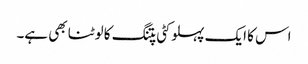
اس کا ایک پہلو کٹی پتنگ کا لوٹنا بھی ہے۔